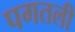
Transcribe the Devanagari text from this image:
पगतली